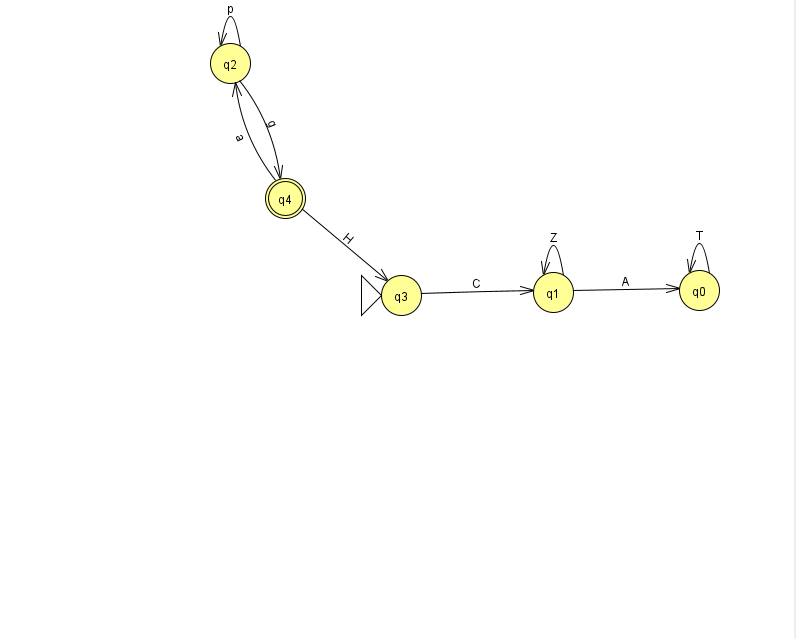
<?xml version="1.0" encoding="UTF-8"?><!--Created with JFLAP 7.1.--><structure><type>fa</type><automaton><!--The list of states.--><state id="0" name="q0"><x>699.0</x><y>277.0</y></state><state id="1" name="q1"><x>553.0</x><y>279.0</y></state><state id="2" name="q2"><x>230.0</x><y>50.0</y></state><state id="3" name="q3"><x>401.0</x><y>282.0</y><initial/></state><state id="4" name="q4"><x>285.0</x><y>185.0</y><final/></state><!--The list of transitions.--><transition><from>2</from><to>2</to><read>p</read></transition><transition><from>1</from><to>0</to><read>A</read></transition><transition><from>2</from><to>4</to><read>g</read></transition><transition><from>0</from><to>0</to><read>T</read></transition><transition><from>4</from><to>3</to><read>H</read></transition><transition><from>3</from><to>1</to><read>C</read></transition><transition><from>4</from><to>2</to><read>a</read></transition><transition><from>1</from><to>1</to><read>Z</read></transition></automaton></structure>